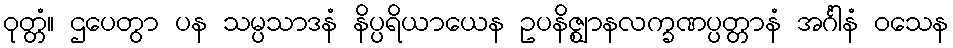
ဝုတ္တံ။ ဌပေတွာ ပန သမ္ပသာဒနံ နိပ္ပရိယာယေန ဥပနိဇ္ဈာနလက္ခဏပ္ပတ္တာနံ အင်္ဂါနံ ဝသေန